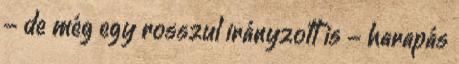
- de még egy rosszul irányzott is - harapás